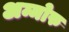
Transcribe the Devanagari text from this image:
अम्मोरु